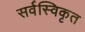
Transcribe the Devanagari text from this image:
सर्वस्विकृत